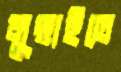
মুছাইতে